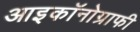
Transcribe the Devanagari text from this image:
आइकॉनोग्राफी